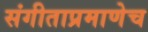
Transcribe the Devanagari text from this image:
संगीताप्रमाणेच